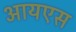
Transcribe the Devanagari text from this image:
आयएस